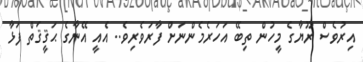
އިރުވެސް ރޫޔާގެ މީހުން ތިބޭ އަހަރެމެންނަށް ފާރަވެރިވެ.. އެއީ އޭނާގެ ޙަޤީޤަތް ފަޅާ